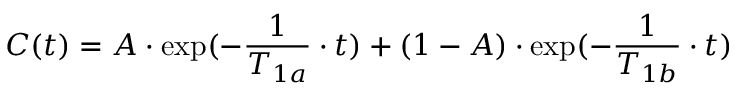
C ( t ) = A \cdot \exp ( - \frac { 1 } { T _ { 1 a } } \cdot t ) + ( 1 - A ) \cdot \exp ( - \frac { 1 } { T _ { 1 b } } \cdot t )